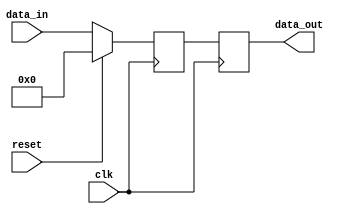
module synchronous_reset(
    input wire clk,            // Clock input
    input wire reset,          // Active high reset input
    input wire [7:0] data_in,  // Example data input
    output reg [7:0] data_out   // Example data output
);

// Internal state registers
reg [7:0] internal_state;

// Synchronous reset logic
always @(posedge clk) begin
    if (reset) begin
        // Reset state, initialize internal registers
        internal_state <= 8'b0; // Set internal state to zero or specific reset value
    end else begin
        // Normal operation: update internal state based on input data
        internal_state <= data_in; // Example operation, can be modified per requirements
    end
end

// Assign the internal state to output
always @(posedge clk) begin
    data_out <= internal_state; // Output the internal state
end

endmodule